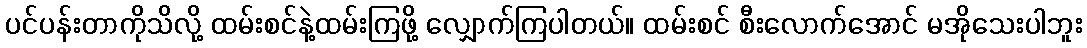
ပင်ပန်းတာကိုသိလို့ ထမ်းစင်နဲ့ထမ်းကြဖို့ လျှောက်ကြပါတယ်။ ထမ်းစင် စီးလောက်အောင် မအိုသေးပါဘူး